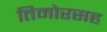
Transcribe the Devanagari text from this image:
तिमोरसह